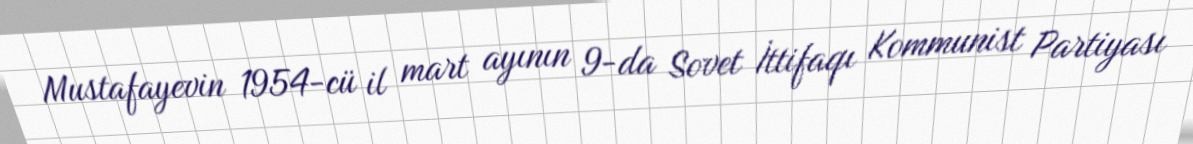
Mustafayevin 1954-cü il mart ayının 9-da Sovet İttifaqı Kommunist Partiyası